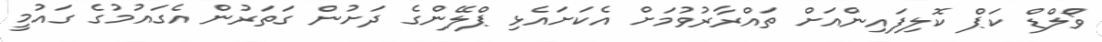
ވޯލްޑް ކަޕް ކޮލިފައިންއަށް ތައްރާރުވުމަށް އެކަށައެޅި ޕްލޭންގެ ދަށުން ގަތަރުން އެގައުމުގެ ގައުމީ